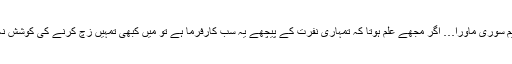
’’آئی ایم سوری ماورا… اگر مجھے علم ہوتا کہ تمہاری نفرت کے پیچھے یہ سب کارفرما ہے تو میں کبھی تمہیں زچ کرنے کی کوشش نہ کرتا۔